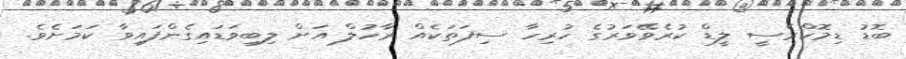
ބޮޑު ޑިމޮކްރެސީ ލީޑް ކުރެވޭވަރުގެ ހުރިހާ ސިފަތަކެއް ރާހުލް އަށް ލިބިވަޑައިގެންފައިވާ ކަމަށެވެ.